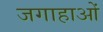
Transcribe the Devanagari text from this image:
जगाहाओं